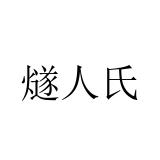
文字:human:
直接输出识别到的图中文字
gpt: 燧人氏